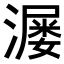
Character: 𬉆